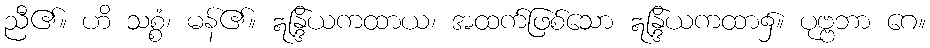
ညီ၏။ ဟိ သစ္စံ၊ မန်၏။ ဣန္ဒြိယကထာယ၊ အထက်ဖြစ်သော ဣန္ဒြိယကထာ၌။ ပုဗ္ဗဘာ ဂေ။